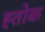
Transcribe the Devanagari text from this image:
ह्तोक